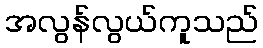
အလွန်လွယ်ကူသည်